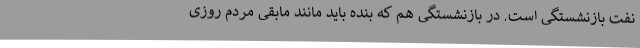
نفت بازنشستگی است. در بازنشستگی هم که بنده باید مانند مابقی مردم روزی